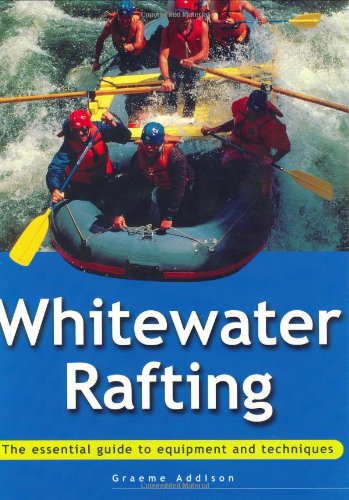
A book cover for Whitewater Rafting: The Essential Guide to Equipment and Techniques; Graeme Addison; Sports & Outdoors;